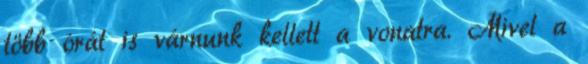
több órát is várnunk kellett a vonatra. Mivel a